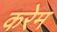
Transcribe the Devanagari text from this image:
करेम